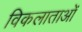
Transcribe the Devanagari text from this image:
विकलाताओं